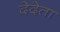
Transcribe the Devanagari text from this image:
देदेता